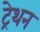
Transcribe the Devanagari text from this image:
ट्रेथन